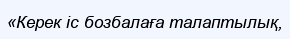
«Керек іс бозбалаға талаптылық,